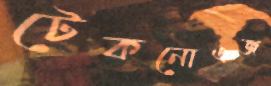
টেকনোএজ